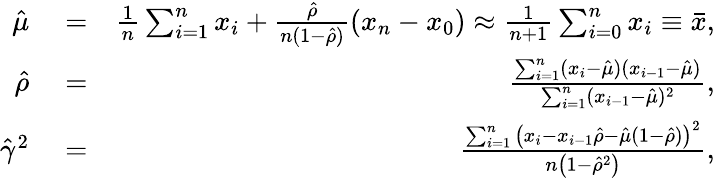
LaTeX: \begin{array}{rlr}{\hat{\mu}}&{{}=}&{\frac{1}{n}\sum_{i=1}^{n}x_{i}+\frac{\hat{\rho}}{n(1-\hat{\rho})}(x_{n}-x_{0})\approx\frac{1}{n+1}\sum_{i=0}^{n}x_{i}\equiv\bar{x},}\\ {\hat{\rho}}&{{}=}&{\frac{\sum_{i=1}^{n}(x_{i}-\hat{\mu})(x_{i-1}-\hat{\mu})}{\sum_{i=1}^{n}(x_{i-1}-\hat{\mu})^{2}},}\\ {\hat{\gamma}^{2}}&{{}=}&{\frac{{\sum_{i=1}^{n}\left(x_{i}-x_{i-1}\hat{\rho}-\hat{\mu}(1-\hat{\rho})\right)^{2}}}{{n\left(1-\hat{\rho}^{2}\right)}},}\end{array}